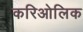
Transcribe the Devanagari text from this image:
करिओलिक